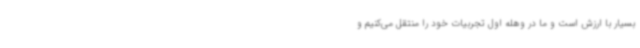
بسیار با ارزش است و ما در وهله اول تجربیات خود را منتقل می‌کنیم و